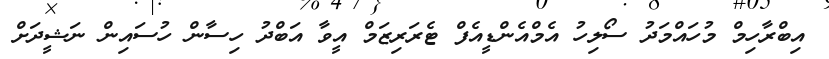
އިބްރާހިމް މުހައްމަދު ސޯލިހު އެމްއެންޑީއެފް ޓެރަރިޒަމް އީވާ އަބްދު ހިިސާން ހުސައިން ނަޝީދަށް